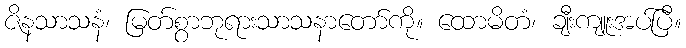
ဇိနသာသနံ၊ မြတ်စွာဘုရားသာသနာတော်ကို။ ထောမိတံ၊ ချီးကျူးအပ်ပြီ။